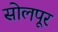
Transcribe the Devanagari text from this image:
सोलपूर